Annual statistical returns and brief notes on vaccination in Bengal - 1887-1898
Year: 1887
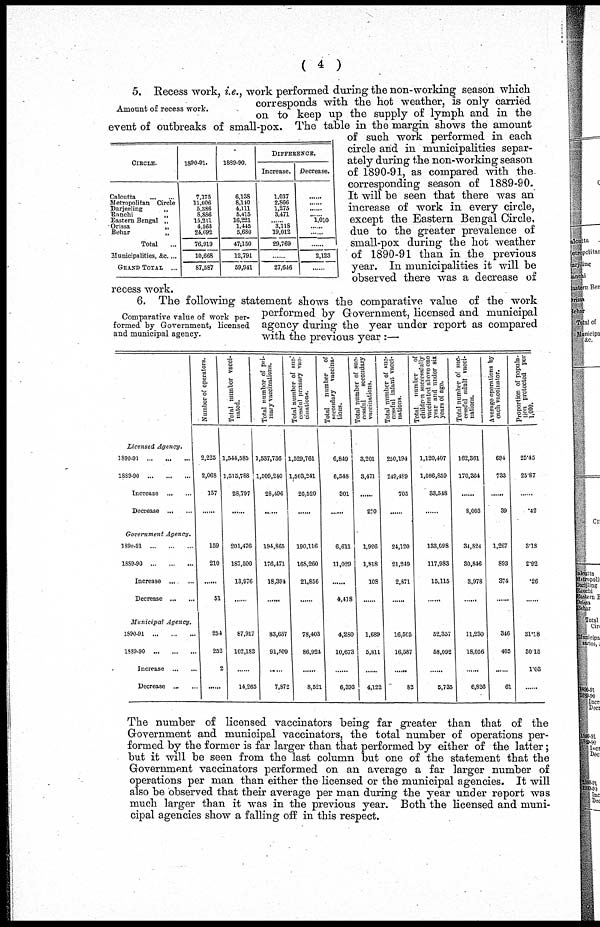
( 4 )
Amount of recess work.
CIRCLE.
Calcutta ... ...
Metropolitan Circle
Darjeeling
„
Ranchi
„
Eastern Bengal „
Orissa
„
Behar
„
Total ...
Municipalities, &c. ...
GRAND TOTAL
...
1890-91.
7,175
11,006
5,386
8,886
15,211
4,563
24,692
76,919
10,668
87,587
1889-90.
6,138
8,140
4,111
5,415
16,221
1,445
5,680
47,150
12,791
59,941
DIFFERENCE.
Increase.
1,037
2,866
1,275
3,471
......
3,118
19,012
29,769
......
27,646
Decrease.
......
......
......
......
1,010
......
......
......
2,123
......
5. Recess work, i.e., work performed during the non-working season which
corresponds with the hot weather, is only carried
on to keep up the supply of lymph and in the
event of outbreaks of small-pox. The table in the margin shows the amount
of such work performed in each
circle and in municipalities separ-
ately during the non-working season
of 1890-91, as compared with the-
corresponding season of 1889-90.
It will be seen that there was an
increase of work in every circle,
except the Eastern Bengal Circle,
due to the greater prevalence of
small-pox during the hot weather
of 1890-91 than in the previous
year. In municipalities it will be
observed there was a decrease of
recess work.
Comparative value of work per-
formed by Government, licensed
and municipal agency.
6. The following statement shows the comparative value of the work
performed by Government, licensed and municipal
agency during the year under report as compared
with the previous year :—
Licensed Agency.
1890-91
...
...
...
1889-90
...
...
...
Increase
...
...
Decrease
...
...
Government Agency.
1890-91
...
...
...
1889-90
...
...
...
Increase
...
...
Decrease
...
...
Municipal Agency.
1890-91
...
...
...
1889-90
...
...
...
Increase
...
...
Decrease ... ...
Number of operators.
2,225
2,068
157
......
159
210
......
51
254
252
2
......
Total number vacci-
nator
1,544,585
1,515,788
28,797
......
201,476
187,500
13,976
......
87,917
102,182
......
14,265
Total number of pri-
mary vaccinations.
1,537,736
1,509,240
28,496
......
194,865
176,471
18,394
......
83,637
91,509
......
7,872
Total number of suc-
cessful primary vac-
cinations.
1,529,761
1,503,241
26,520
......
190,116
168,260
21,856
......
78,403
86,924
......
8,521
Total
number of
secondary vaccina-
tions.
6,849
6,548
301
......
6,611
11,029
......
4,418
4,280
10,673
......
6,393
Total number of suc-
cessful
secondary
vaccinations.
3,201
3,471
......
270
1,926
1,818
108
......
1,689
5,811
......
4,122
Total number of suc-
cessful infant vacci-
nations.
250,194
249,489
705
......
24,120
21,249
2,871
......
16,505
16,587
......
82
Total
number
of
children
successfully
vaccinated above one
year and under six
years of age.
1,120,407
1,086,859
33,548
......
133,098
117,983
15,115
......
52,357
58,092
......
5,735
Total number of suc-
cessful adult vacci-
nations.
162,361
170,364
......
8,003
34,824
30,846
3,978
......
11,230
18,056
......
6,826
Average operations by
each vaccinator.
694
733
......
39
1,267
893
374
......
346
405
......
61
Proportion of popula-
tion protected per
1,000.
25.45
25.87
......
.42
3.18
2.92
.26
......
31.18
30.15
1.03
......
The number of licensed vaccinators being far greater than that of the
Government and municipal vaccinators, the total number of operations per-
formed by the former is far larger than that performed by either of the latter;
but it will be seen from the last column but one of the statement that the
Government vaccinators performed on an average a far larger number of
operations per man than either the licensed or the municipal agencies. It will
also be observed that their average per man during the year under report was
much larger than it was in the previous year. Both the licensed and muni-
cipal agencies show a falling off in this respect.